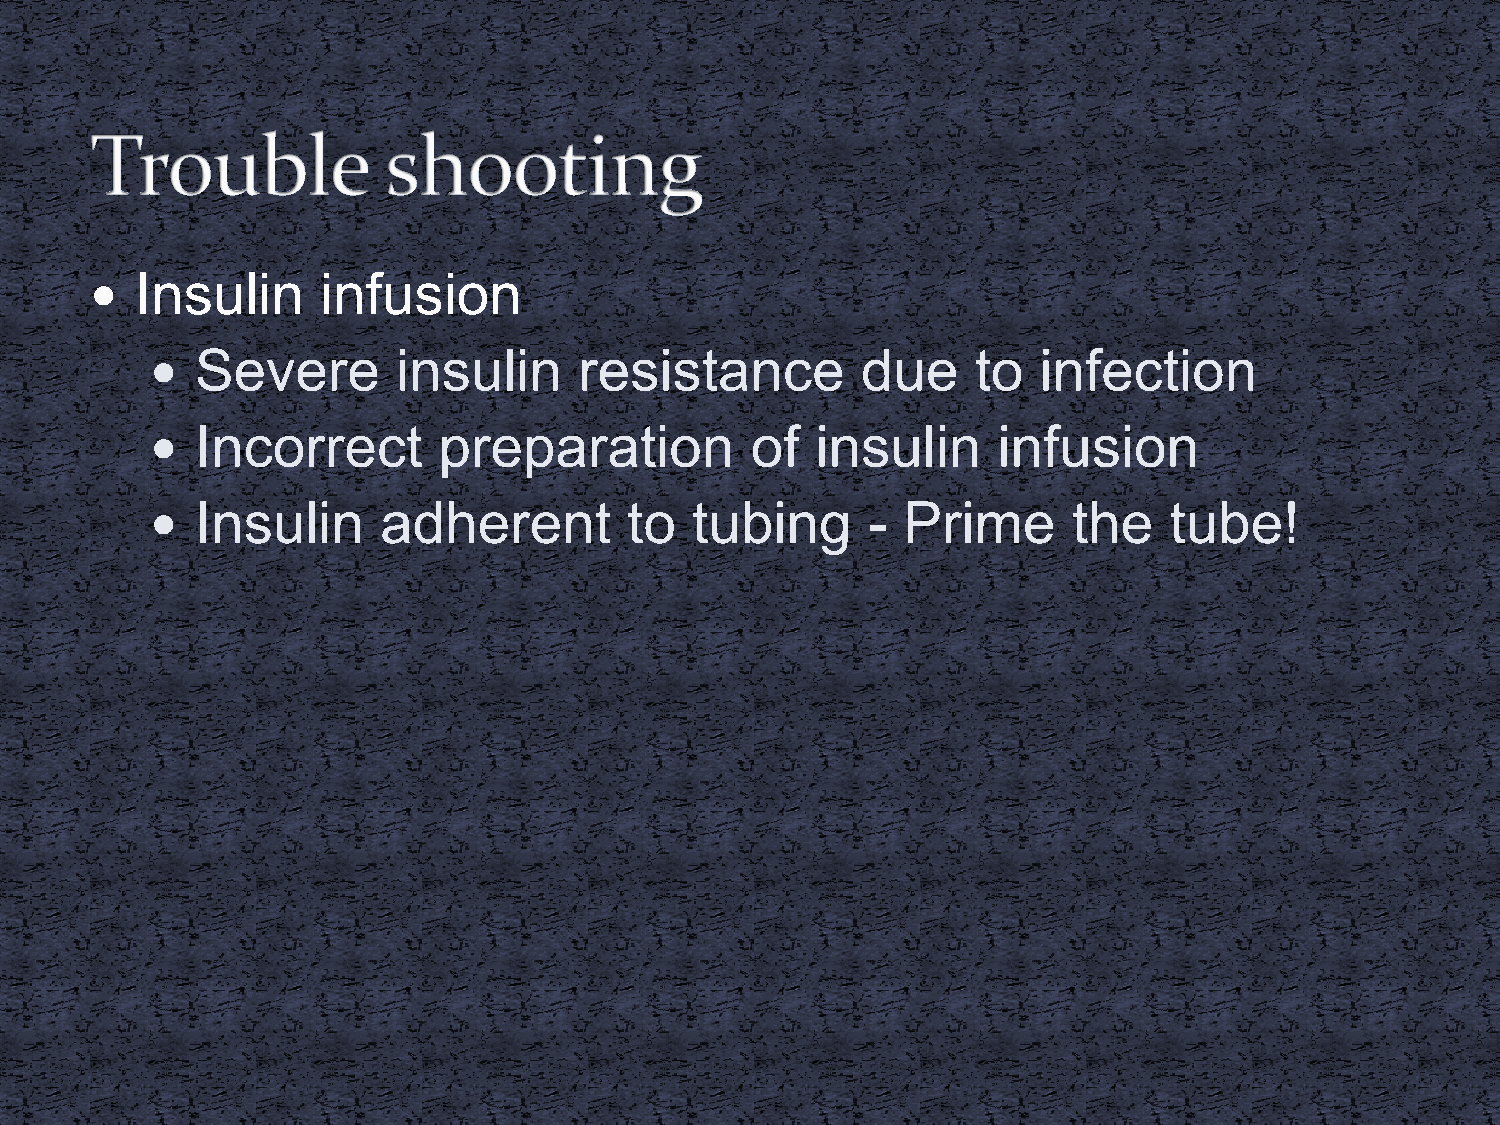
  Insulin     infusion
   Severe       insulin     resistance         due     to  infection
   Incorrect       preparation          of  insulin     infusion
   Insulin     adherent         to  tubing     -  Prime      the   tube!